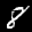
Label: 8